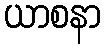
ယာစနာ